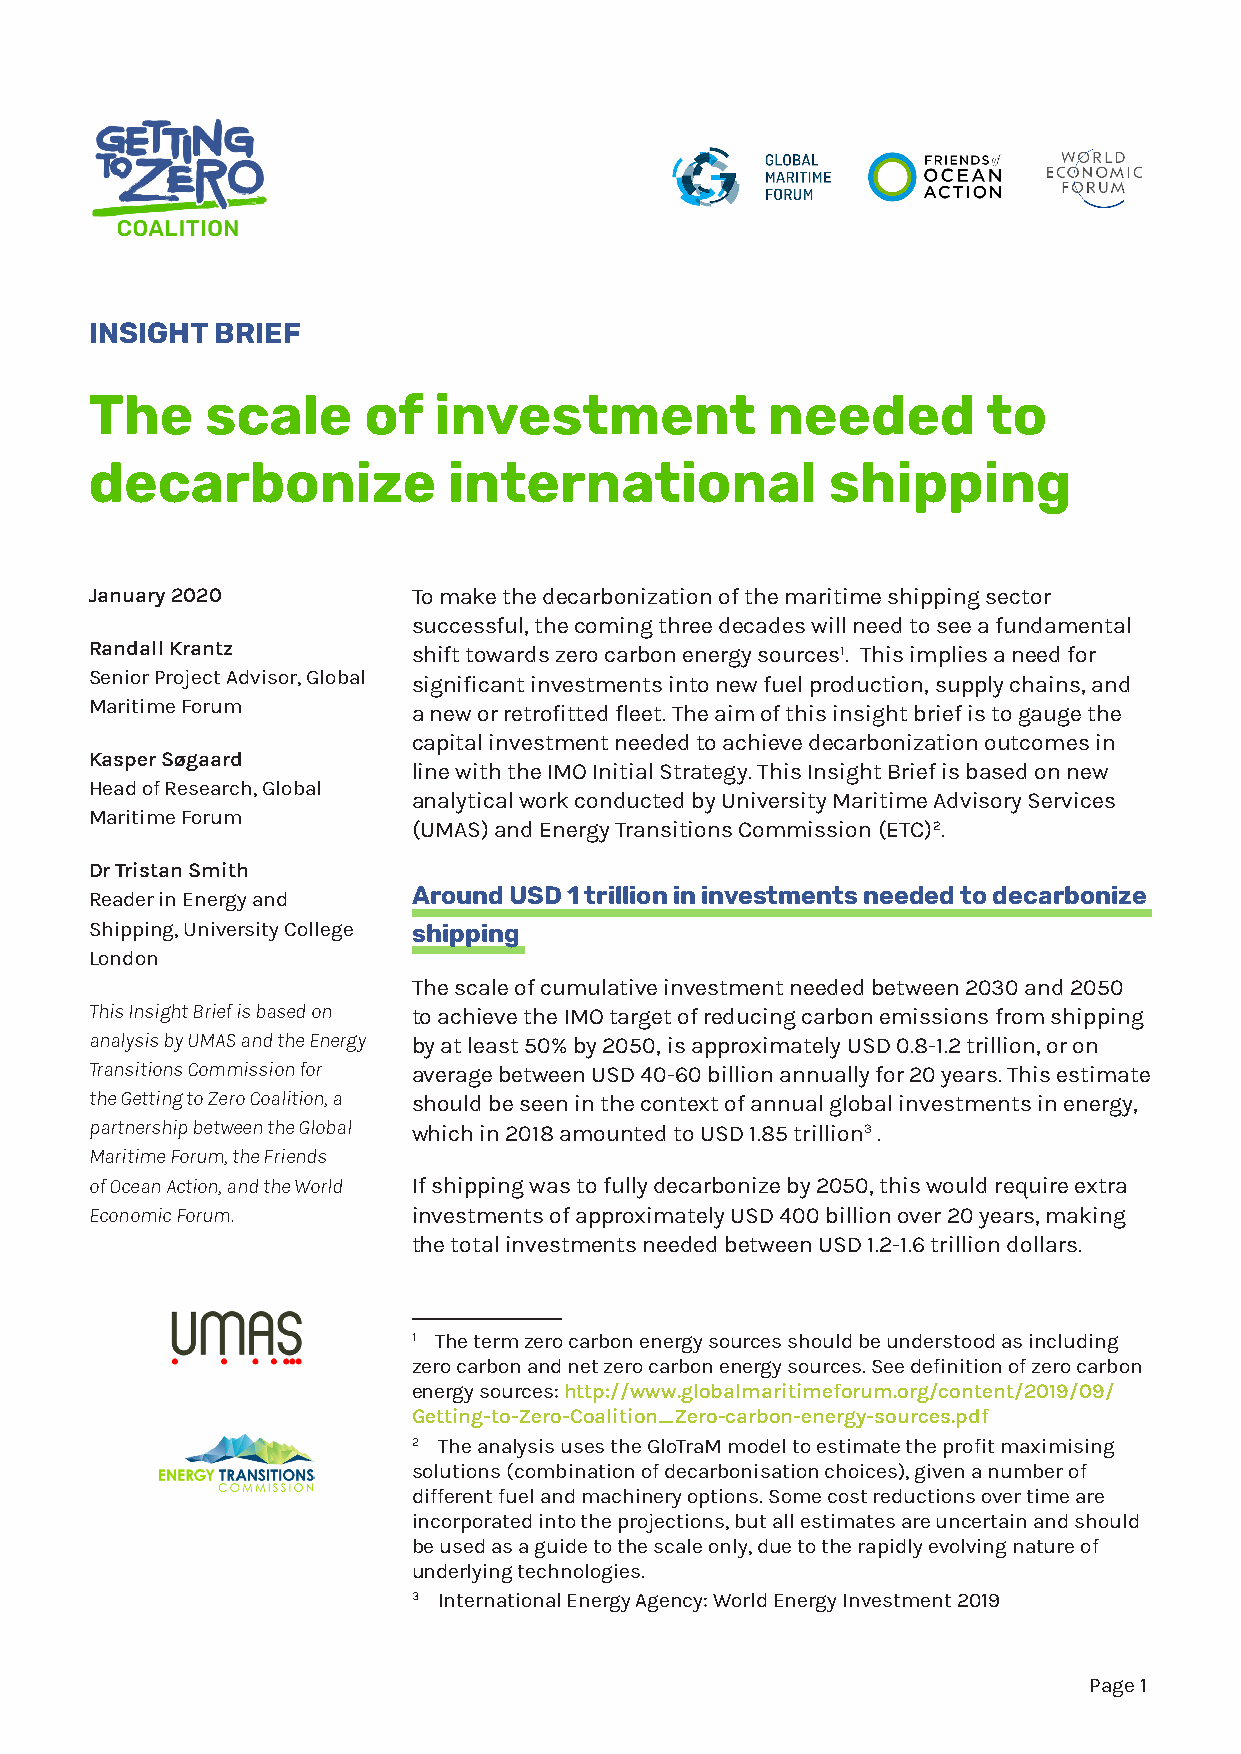
INSIGHT BRIEF
 The     scale     of   investment            needed        to
 decarbonize             international            shipping
 January 2020         To make the decarbonization of the maritime shipping sector
 successful, the coming three decades will need to see a fundamental
 Randall Krantz       shift towards zero carbon energy sources1. This implies a need for
 Senior Project Advisor, Global significant investments into new fuel production, supply chains, and
 Maritime Forum       a new or retrofitted fleet. The aim of this insight brief is to gauge the
 capital investment needed to achieve decarbonization outcomes in
 Kasper Søgaard
 line with the IMO Initial Strategy. This Insight Brief is based on new
 Head of Research, Global
 analytical work conducted by University Maritime Advisory Services
 Maritime Forum
 (UMAS) and Energy Transitions Commission (ETC)2.
 Dr Tristan Smith
 Reader in Energy and Around USD 1 trillion in investments needed to decarbonize
 Shipping, University College shipping
 London
 The scale of cumulative investment needed between 2030 and 2050
 This Insight Brief is based on to achieve the IMO target of reducing carbon emissions from shipping
 analysis by UMAS and the Energy by at least 50% by 2050, is approximately USD 0.8-1.2 trillion, or on
 Transitions Commission for average between USD 40-60 billion annually for 20 years. This estimate
 the Getting to Zero Coalition, a should be seen in the context of annual global investments in energy,
 partnership between the Global which in 2018 amounted to USD 1.85 trillion3 .
 Maritime Forum, the Friends
 of Ocean Action, and the World If shipping was to fully decarbonize by 2050, this would require extra
 Economic Forum.      investments of approximately USD 400 billion over 20 years, making
 the total investments needed between USD 1.2-1.6 trillion dollars.
 1 The term zero carbon energy sources should be understood as including
 zero carbon and net zero carbon energy sources. See definition of zero carbon
 energy sources: http://www.globalmaritimeforum.org/content/2019/09/
 Getting-to-Zero-Coalition_Zero-carbon-energy-sources.pdf
 2 The analysis uses the GloTraM model to estimate the profit maximising
 solutions (combination of decarbonisation choices), given a number of
 different fuel and machinery options. Some cost reductions over time are
 incorporated into the projections, but all estimates are uncertain and should
 be used as a guide to the scale only, due to the rapidly evolving nature of
 underlying technologies.
 3 International Energy Agency: World Energy Investment 2019
 Page 1